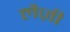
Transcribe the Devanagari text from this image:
लैज़ी